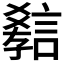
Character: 𲁯